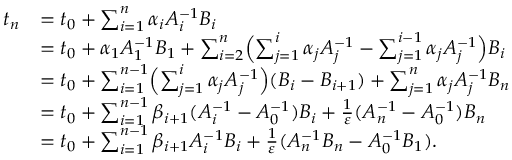
\begin{array} { r l } { t _ { n } } & { = t _ { 0 } + \sum _ { i = 1 } ^ { n } \alpha _ { i } A _ { i } ^ { - 1 } B _ { i } } \\ & { = t _ { 0 } + \alpha _ { 1 } A _ { 1 } ^ { - 1 } B _ { 1 } + \sum _ { i = 2 } ^ { n } \Bigl ( \sum _ { j = 1 } ^ { i } \alpha _ { j } A _ { j } ^ { - 1 } - \sum _ { j = 1 } ^ { i - 1 } \alpha _ { j } A _ { j } ^ { - 1 } \Bigr ) B _ { i } } \\ & { = t _ { 0 } + \sum _ { i = 1 } ^ { n - 1 } \Bigl ( \sum _ { j = 1 } ^ { i } \alpha _ { j } A _ { j } ^ { - 1 } \Bigr ) ( B _ { i } - B _ { i + 1 } ) + \sum _ { j = 1 } ^ { n } \alpha _ { j } A _ { j } ^ { - 1 } B _ { n } } \\ & { = t _ { 0 } + \sum _ { i = 1 } ^ { n - 1 } \beta _ { i + 1 } ( A _ { i } ^ { - 1 } - A _ { 0 } ^ { - 1 } ) B _ { i } + \frac { 1 } { \varepsilon } ( A _ { n } ^ { - 1 } - A _ { 0 } ^ { - 1 } ) B _ { n } } \\ & { = t _ { 0 } + \sum _ { i = 1 } ^ { n - 1 } \beta _ { i + 1 } A _ { i } ^ { - 1 } B _ { i } + \frac { 1 } { \varepsilon } ( A _ { n } ^ { - 1 } B _ { n } - A _ { 0 } ^ { - 1 } B _ { 1 } ) . } \end{array}